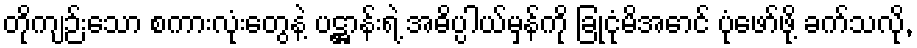
တိုကျဉ်းသော စကားလုံးတွေနဲ့ ပဋ္ဌာန်းရဲ့ အဓိပ္ပါယ်မှန်ကို ခြုံငုံမိအောင် ပုံဖော်ဖို့ ခက်သလို,